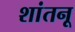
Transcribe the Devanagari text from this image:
शांतनू